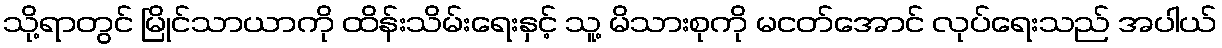
သို့ရာတွင် မြိုင်သာယာကို ထိန်းသိမ်းရေးနှင့် သူ့ မိသားစုကို မငတ်အောင် လုပ်ရေးသည် အပါယ်